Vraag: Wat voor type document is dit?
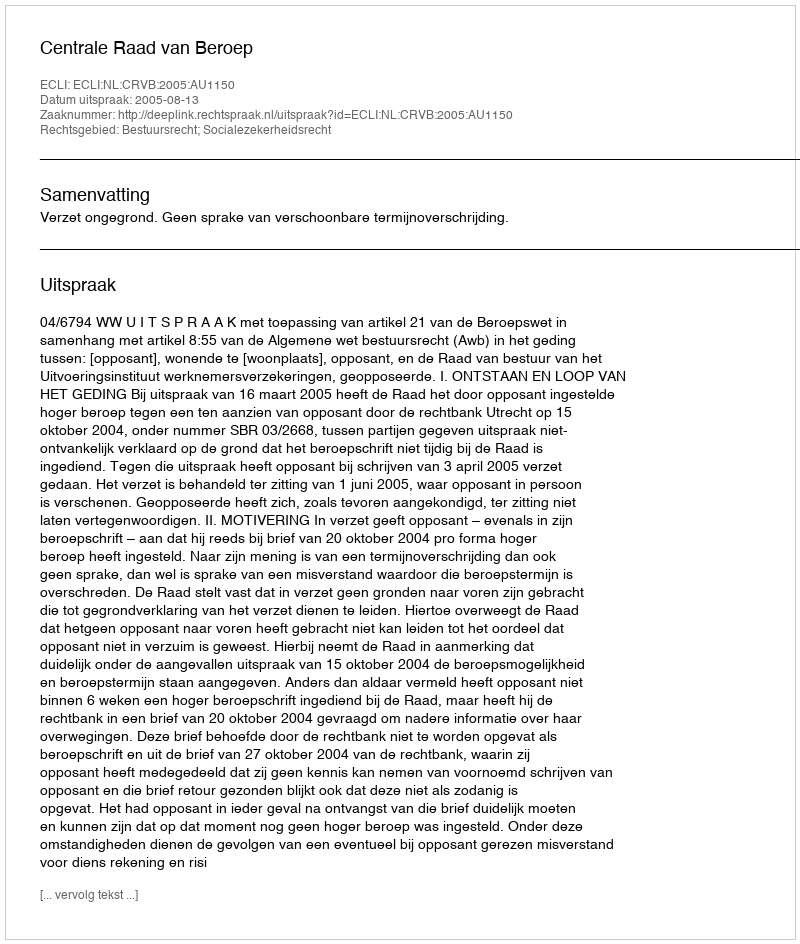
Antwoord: Uitspraak